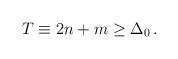
LaTeX: \begin{align*}T \equiv 2n+m \geq \Delta_0 \, .\end{align*}